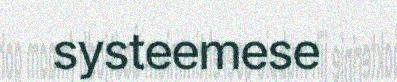
systeemese